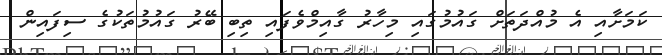
ކަމަށާއި އެ މުއްދަތަށް ގައުމުގައި މިހާރު ގާއިމްވެފައި ތިބި ބޭރު ގައުމުތަކުގެ ސިފައިން